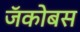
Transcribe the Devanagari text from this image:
जॅकोबस